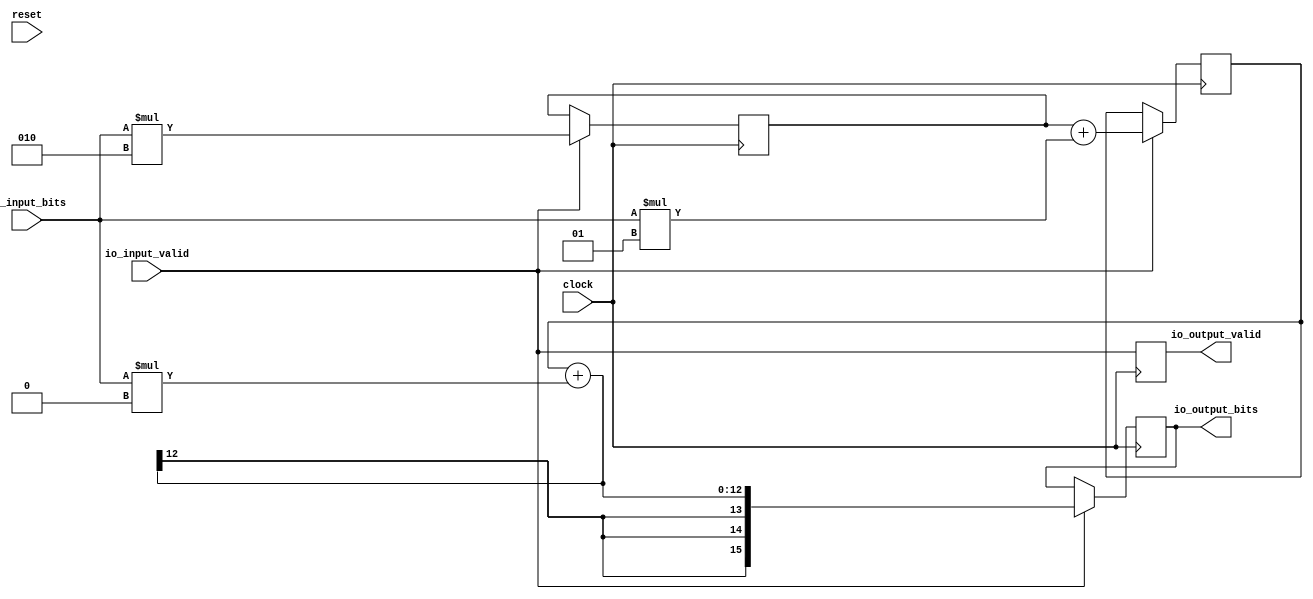
module ConstantTapTransposedStreamingFIR( // @[:@3.2]
  input         clock, // @[:@4.4]
  input         reset, // @[:@5.4]
  input         io_input_valid, // @[:@6.4]
  input  [9:0]  io_input_bits, // @[:@6.4]
  output        io_output_valid, // @[:@6.4]
  output [15:0] io_output_bits // @[:@6.4]
);
`ifdef RANDOMIZE_REG_INIT
  reg [31:0] _RAND_0;
  reg [31:0] _RAND_1;
  reg [31:0] _RAND_2;
  reg [31:0] _RAND_3;
`endif // RANDOMIZE_REG_INIT
  wire [12:0] products_0 = $signed(io_input_bits) * 3'sh2; // @[SIntTypeClass.scala 44:41:@11.4]
  wire [11:0] products_1 = $signed(io_input_bits) * 2'sh1; // @[SIntTypeClass.scala 44:41:@12.4]
  wire [10:0] products_2 = $signed(io_input_bits) * 1'sh0; // @[SIntTypeClass.scala 44:41:@13.4]
  reg [15:0] last; // @[TransposedStreamingFIR.scala 33:20:@14.4]
  reg [12:0] _T_16; // @[TransposedStreamingFIR.scala 35:18:@15.4]
  wire [12:0] _GEN_3 = {{1{products_1[11]}},products_1}; // @[SIntTypeClass.scala 18:40:@19.4]
  wire [12:0] _T_19 = $signed(_T_16) + $signed(_GEN_3); // @[SIntTypeClass.scala 18:40:@21.4]
  reg [12:0] _T_21; // @[TransposedStreamingFIR.scala 35:18:@22.4]
  wire [12:0] _GEN_4 = {{2{products_2[10]}},products_2}; // @[SIntTypeClass.scala 18:40:@26.4]
  wire [12:0] nextLast = $signed(_T_21) + $signed(_GEN_4); // @[SIntTypeClass.scala 18:40:@28.4]
  reg  _T_25; // @[TransposedStreamingFIR.scala 46:29:@33.4]
  assign io_output_valid = _T_25;
  assign io_output_bits = last;
  always @(posedge clock) begin
    if (io_input_valid) begin // @[TransposedStreamingFIR.scala 41:24:@29.4]
      last <= {{3{nextLast[12]}},nextLast};
    end
    if (io_input_valid) begin // @[TransposedStreamingFIR.scala 36:27:@16.4]
      _T_16 <= products_0;
    end
    if (io_input_valid) begin // @[TransposedStreamingFIR.scala 36:27:@23.4]
      _T_21 <= _T_19;
    end
    _T_25 <= io_input_valid;
  end
// Register and memory initialization
`ifdef RANDOMIZE_GARBAGE_ASSIGN
`define RANDOMIZE
`endif
`ifdef RANDOMIZE_INVALID_ASSIGN
`define RANDOMIZE
`endif
`ifdef RANDOMIZE_REG_INIT
`define RANDOMIZE
`endif
`ifdef RANDOMIZE_MEM_INIT
`define RANDOMIZE
`endif
`ifndef RANDOM
`define RANDOM $random
`endif
`ifdef RANDOMIZE_MEM_INIT
  integer initvar;
`endif
`ifndef SYNTHESIS
`ifdef FIRRTL_BEFORE_INITIAL
`FIRRTL_BEFORE_INITIAL
`endif
initial begin
  `ifdef RANDOMIZE
    `ifdef INIT_RANDOM
      `INIT_RANDOM
    `endif
    `ifndef VERILATOR
      `ifdef RANDOMIZE_DELAY
        #`RANDOMIZE_DELAY begin end
      `else
        #0.002 begin end
      `endif
    `endif
`ifdef RANDOMIZE_REG_INIT
  _RAND_0 = {1{`RANDOM}};
  last = _RAND_0[15:0];
  _RAND_1 = {1{`RANDOM}};
  _T_16 = _RAND_1[12:0];
  _RAND_2 = {1{`RANDOM}};
  _T_21 = _RAND_2[12:0];
  _RAND_3 = {1{`RANDOM}};
  _T_25 = _RAND_3[0:0];
`endif // RANDOMIZE_REG_INIT
  `endif // RANDOMIZE
end // initial
`ifdef FIRRTL_AFTER_INITIAL
`FIRRTL_AFTER_INITIAL
`endif
`endif // SYNTHESIS
endmodule